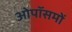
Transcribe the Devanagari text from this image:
ओपॉसमों